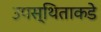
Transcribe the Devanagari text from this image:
उपस्थिताकडे